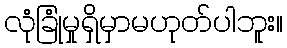
လုံခြုံမှုရှိမှာမဟုတ်ပါဘူး။